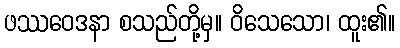
ဖဿဝေဒနာ စသည်တို့မှ။ ဝိသေသော၊ ထူး၏။